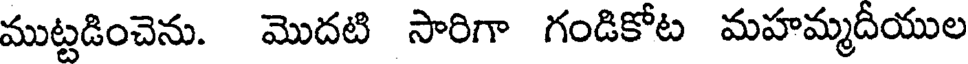
ముట్టడించెను. మొదటి సారిగా గండికోట మహమ్మదీయుల